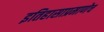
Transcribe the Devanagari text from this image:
इतिहासाप्रमाणेच